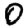
Digit: 0